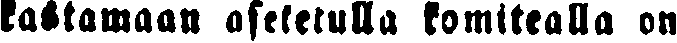
kastamaan asetetulla komitealla on